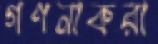
গণনাকরা